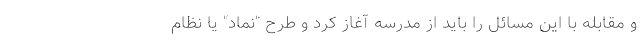
و مقابله با این مسائل را باید از مدرسه آغاز کرد و طرح "نماد" یا نظام